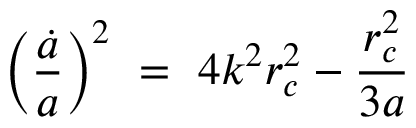
\left( { \frac { \dot { a } } { a } } \right) ^ { 2 } \ = \ 4 k ^ { 2 } r _ { c } ^ { 2 } - { \frac { \l r _ { c } ^ { 2 } } { 3 a } }